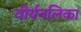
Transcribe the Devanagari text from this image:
वीर्यनलिका